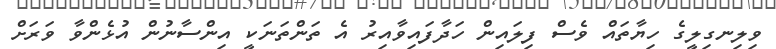
ވިލިނގިލީގެ ހިޔާތައް ވެސް ފިލައިން ހަދާފައިވާއިރު އެ ތަންތަނަކީ އިންސާނުން އުޅެންވާ ވަރަށް